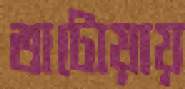
অটোয়ায়